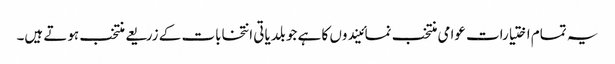
یہ تمام اختیارات عوامی منتخب نمائیندوں کا ہے جو بلدیاتی انتخابات کے زریعے منتخب ہوتے ہیں۔